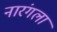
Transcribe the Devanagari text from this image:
नारंगला